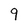
Character: 9